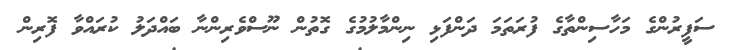
ސަފީރުންގެ މަހާސިންތާގެ ފުރަތަމަ ދަންފަޅި ނިންމާލުމުގެ ގޮތުން ނޫސްވެރިންނާ ބައްދަލު ކުރައްވާ ފޮރިން